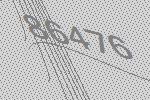
86476